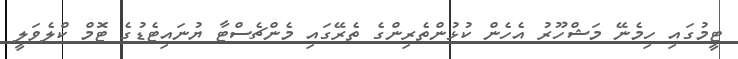
ޓީމުގައި ހިމެނޭ މަޝްހޫރު އެހެން ކުޅުންތެރިންގެ ތެރޭގައި މެންޗެސްޓާ ޔުނައިޓެޑުގެ ޓޮމް ކްލެވަލީ